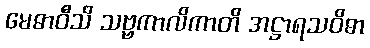
မေဓာဝီသိ သဗ္ဗကာလိကာတိ အဋ္ဌာရသဝိဓာ